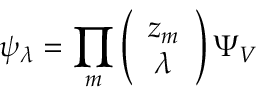
\psi _ { \lambda } = \prod _ { m } \left( \begin{array} { c } { { z _ { m } } } \\ { { \lambda } } \end{array} \right) \Psi _ { V }